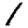
Digit: 1